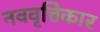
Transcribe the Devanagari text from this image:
नववृत्तिकार